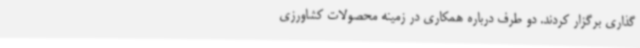
‌گذاری برگزار کردند. دو طرف درباره همکاری در زمینه محصولات کشاورزی